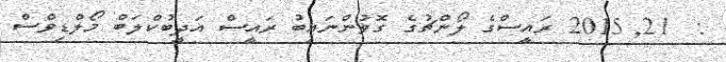
:  21